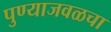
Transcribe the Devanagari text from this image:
पुण्याजवळचा